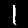
Label: 1